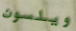
ويلسون